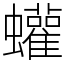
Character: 蠸